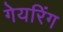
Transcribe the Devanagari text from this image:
गेयरिंग